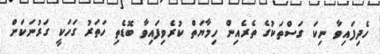
ހެދިފައިވާ ނިކަ ގަސްތަކުގެ ތެރެއިން ހިމާޔަތް ކުރެވިފައިވާ ބޮޑެތި ހަތަރު ގަހަކީ ގަރުނަކަށް